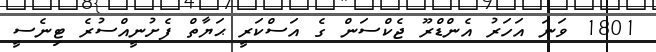
1801 ވަނަ އަހަރު އެންޑްރޫ ޖެކްސަން ގެ އަސްކަރީ ޙަޔާތް ފެށުނީއްސުރެ ޓިނެސީ